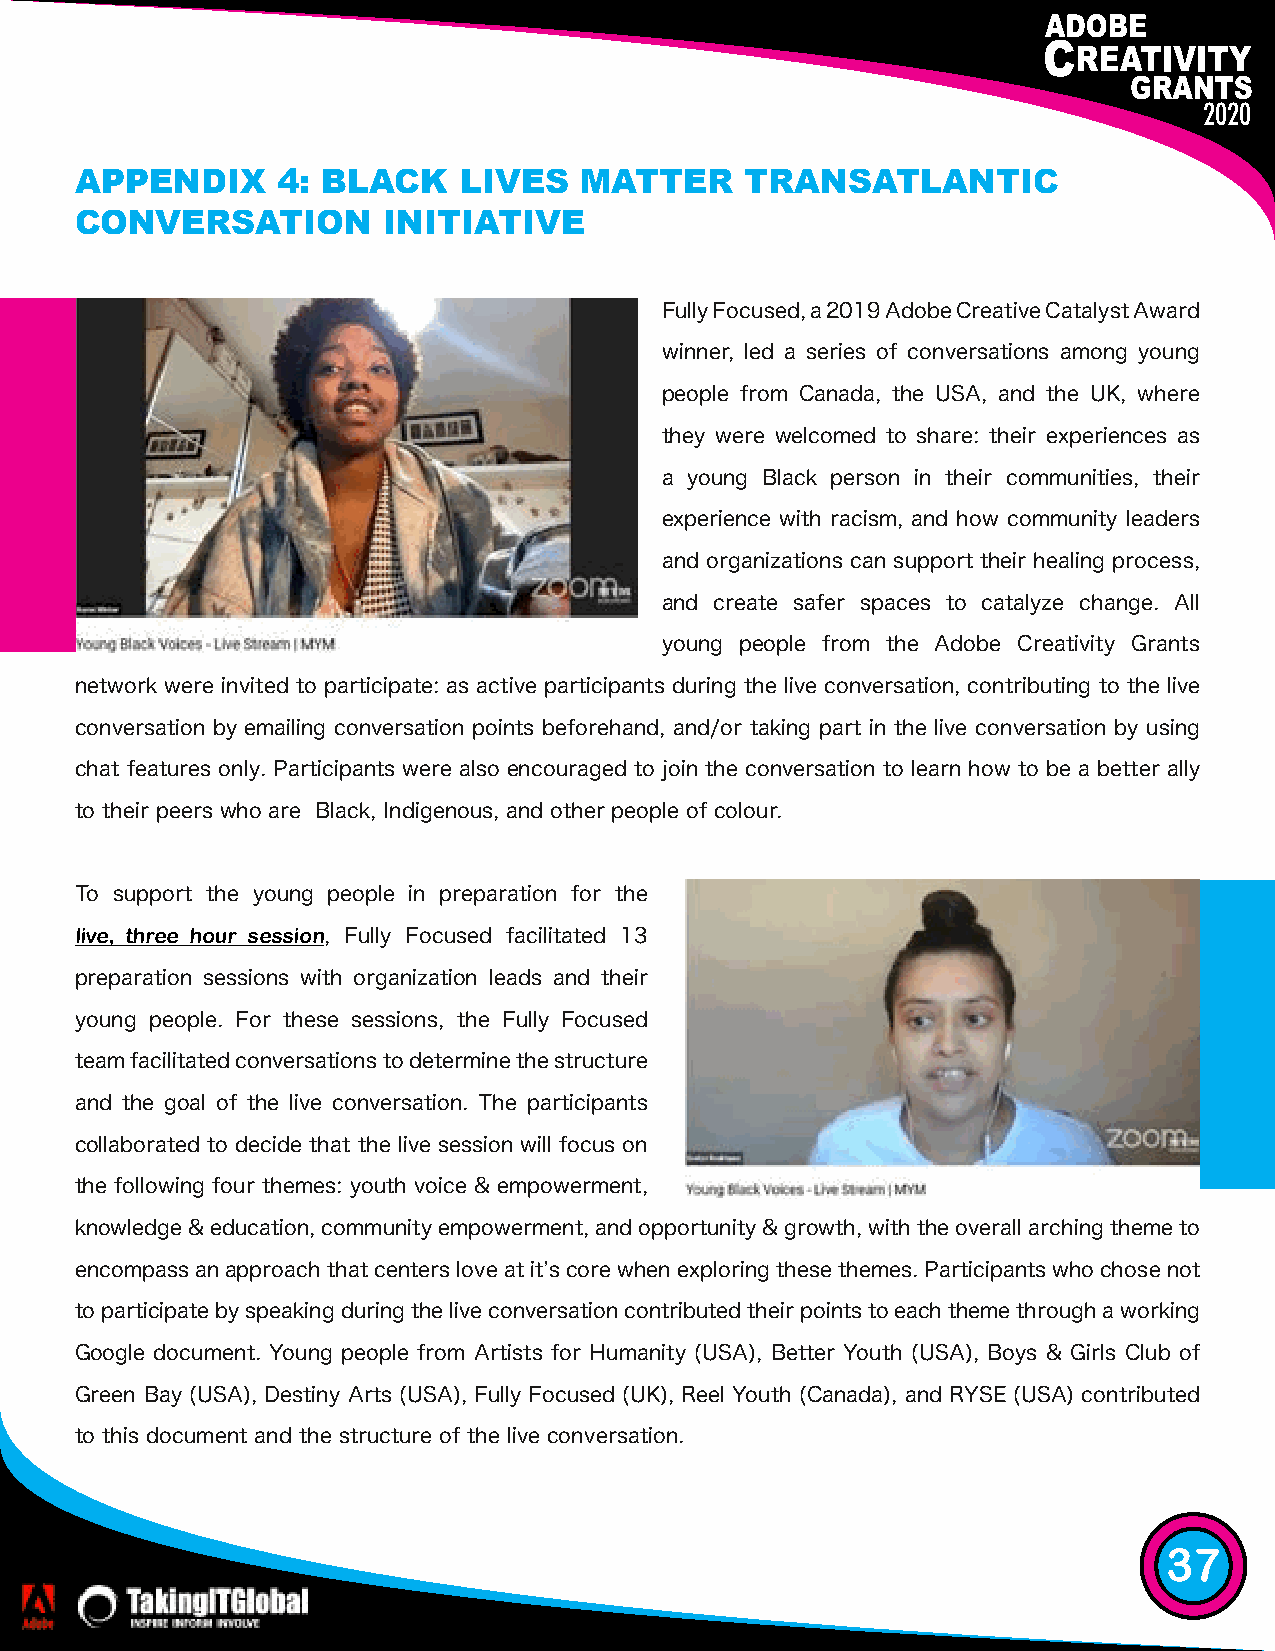
2020                                                                            2020
 APPENDIX     4: BLACK    LIVES   MATTER     TRANSATLANTIC
 CONVERSATION        INITIATIVE
 Fully Focused, a 2019 Adobe Creative Catalyst Award
 winner, led a series of conversations among young
 people from Canada, the USA, and the UK, where
 they were welcomed to share: their experiences as
 a young Black person in their communities, their
 experience with racism, and how community leaders
 and organizations can support their healing process,
 and create safer spaces to catalyze change. All
 young people from the Adobe Creativity Grants
 network were invited to participate: as active participants during the live conversation, contributing to the live
 conversation by emailing conversation points beforehand, and/or taking part in the live conversation by using
 chat features only. Participants were also encouraged to join the conversation to learn how to be a better ally
 to their peers who are Black, Indigenous, and other people of colour.
 To support the young people in preparation for the
 live, three hour session, Fully Focused facilitated 13
 preparation sessions with organization leads and their
 young people. For these sessions, the Fully Focused
 team facilitated conversations to determine the structure
 and the goal of the live conversation. The participants
 collaborated to decide that the live session will focus on
 the following four themes: youth voice & empowerment,
 knowledge & education, community empowerment, and opportunity & growth, with the overall arching theme to
 encompass an approach that centers love at itʼs core when exploring these themes. Participants who chose not
 to participate by speaking during the live conversation contributed their points to each theme through a working
 Google document. Young people from Artists for Humanity (USA), Better Youth (USA), Boys & Girls Club of
 Green Bay (USA), Destiny Arts (USA), Fully Focused (UK), Reel Youth (Canada), and RYSE (USA) contributed
 to this document and the structure of the live conversation.
 37